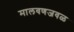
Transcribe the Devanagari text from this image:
मालवणजवळ